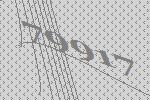
79917